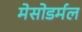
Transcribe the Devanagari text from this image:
मेसोडर्मल